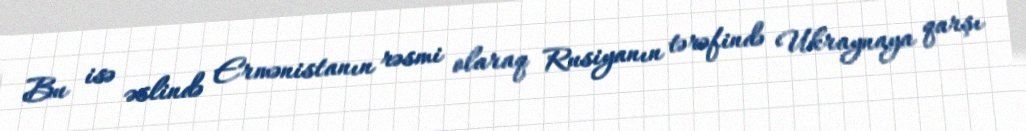
Bu isə əslində Ermənistanın rəsmi olaraq Rusiyanın tərəfində Ukraynaya qarşı